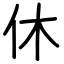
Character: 休